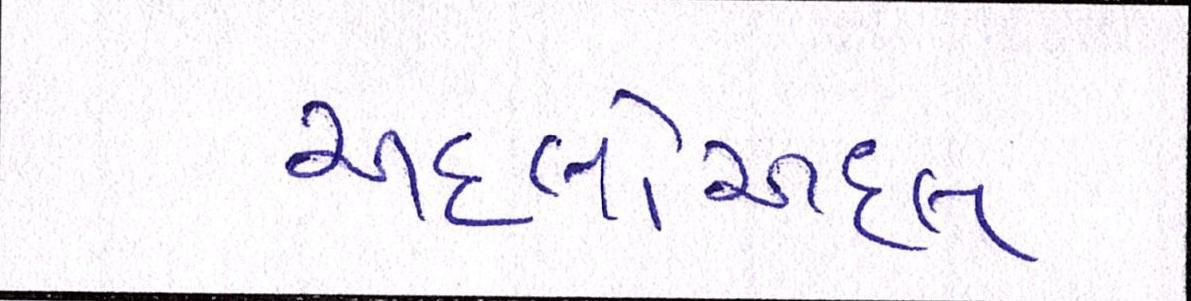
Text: અદલોઅદલ